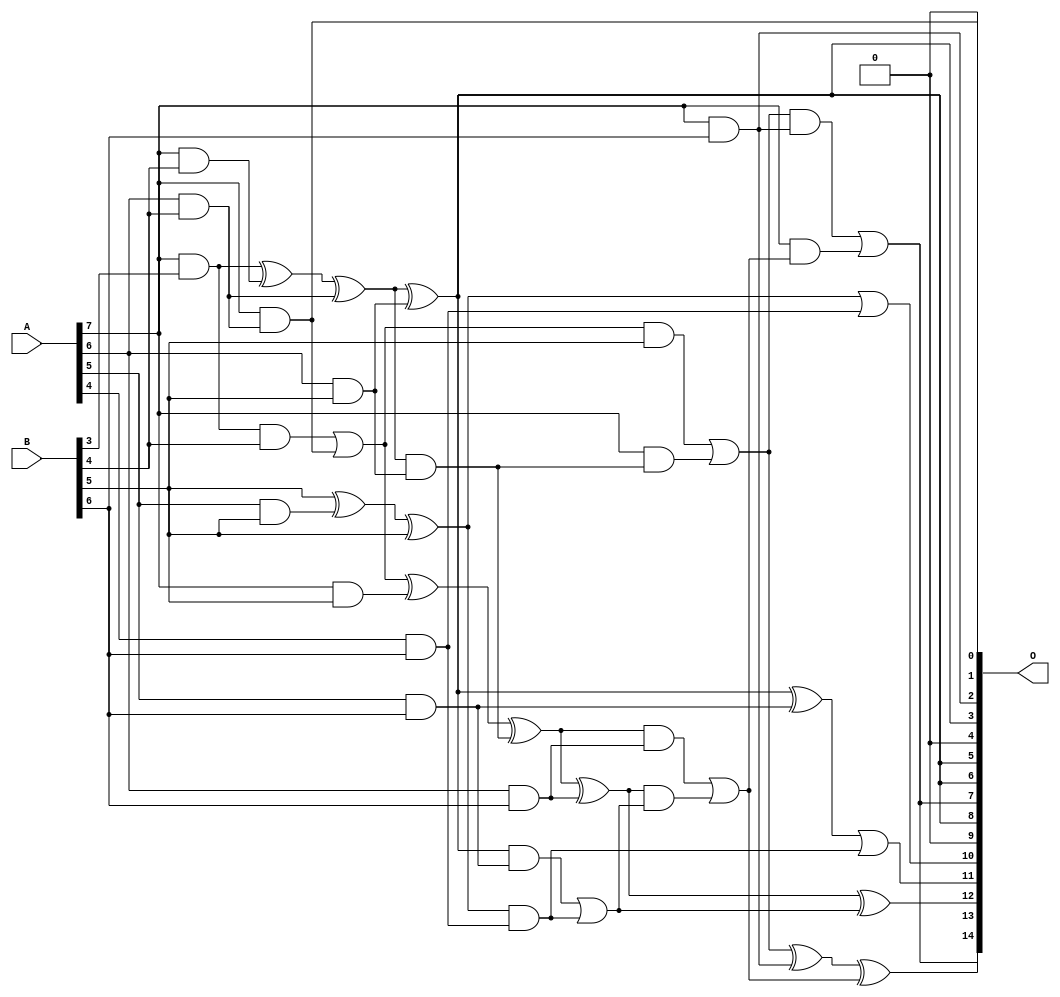
/***
* This code is a part of EvoApproxLib library (ehw.fit.vutbr.cz/approxlib) distributed under The MIT License.
* When used, please cite the following article(s): V. Mrazek, L. Sekanina, Z. Vasicek "Libraries of Approximate Circuits: Automated Design and Application in CNN Accelerators" IEEE Journal on Emerging and Selected Topics in Circuits and Systems, Vol 10, No 4, 2020 
* This file contains a circuit from a sub-set of pareto optimal circuits with respect to the pwr and wce parameters
***/
// MAE% = 2.66 %
// MAE = 871 
// WCE% = 9.76 %
// WCE = 3197 
// WCRE% = 135.16 %
// EP% = 98.77 %
// MRE% = 30.68 %
// MSE = 11319.049e2 
// PDK45_PWR = 0.033 mW
// PDK45_AREA = 113.6 um2
// PDK45_DELAY = 0.48 ns

module mul8x7u_15S (
    A,
    B,
    O
);

input [7:0] A;
input [6:0] B;
output [14:0] O;

wire sig_21,sig_162,sig_191,sig_195,sig_196,sig_197,sig_198,sig_199,sig_205,sig_206,sig_207,sig_230,sig_233,sig_235,sig_236,sig_240,sig_241,sig_242,sig_243,sig_244;
wire sig_249,sig_250,sig_251,sig_252,sig_270,sig_271,sig_275,sig_276,sig_278,sig_279,sig_280,sig_281,sig_282,sig_283,sig_284,sig_285,sig_286,sig_287,sig_288,sig_289;

assign sig_21 = A[7] & B[3];
assign sig_162 = A[7] & B[4];
assign sig_191 = A[6] & B[4];
assign sig_195 = sig_21 ^ sig_162;
assign sig_196 = sig_21 & B[4];
assign sig_197 = A[7] & sig_191;
assign sig_198 = sig_195 ^ sig_191;
assign sig_199 = sig_196 | sig_197;
assign sig_205 = A[5] & B[5];
assign sig_206 = A[6] & B[5];
assign sig_207 = A[7] & B[5];
assign sig_230 = B[5] ^ sig_205;
assign sig_233 = sig_230 ^ B[5];
assign sig_235 = sig_198 ^ sig_206;
assign sig_236 = sig_198 & sig_206;
assign sig_240 = sig_199 ^ sig_207;
assign sig_241 = sig_199 & B[5];
assign sig_242 = A[7] & sig_236;
assign sig_243 = sig_240 ^ sig_236;
assign sig_244 = sig_241 | sig_242;
assign sig_249 = A[4] & B[6];
assign sig_250 = A[5] & B[6];
assign sig_251 = A[6] & B[6];
assign sig_252 = A[7] & B[6];
assign sig_270 = sig_233 | sig_249;
assign sig_271 = sig_233 & sig_249;
assign sig_275 = sig_235 ^ sig_250;
assign sig_276 = sig_235 & sig_250;
assign sig_278 = sig_275 | sig_271;
assign sig_279 = sig_276 | sig_271;
assign sig_280 = sig_243 ^ sig_251;
assign sig_281 = sig_243 & sig_251;
assign sig_282 = sig_280 & sig_279;
assign sig_283 = sig_280 ^ sig_279;
assign sig_284 = sig_281 | sig_282;
assign sig_285 = sig_244 ^ sig_252;
assign sig_286 = sig_244 & sig_252;
assign sig_287 = A[7] & sig_284;
assign sig_288 = sig_285 ^ sig_284;
assign sig_289 = sig_286 | sig_287;

assign O[14] = sig_289;
assign O[13] = sig_288;
assign O[12] = sig_283;
assign O[11] = sig_278;
assign O[10] = sig_270;
assign O[9] = 1'b0;
assign O[8] = sig_235;
assign O[7] = sig_289;
assign O[6] = sig_235;
assign O[5] = sig_235;
assign O[4] = 1'b0;
assign O[3] = sig_235;
assign O[2] = sig_252;
assign O[1] = sig_197;
assign O[0] = 1'b0;

endmodule